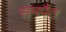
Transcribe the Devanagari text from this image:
समर्पैत